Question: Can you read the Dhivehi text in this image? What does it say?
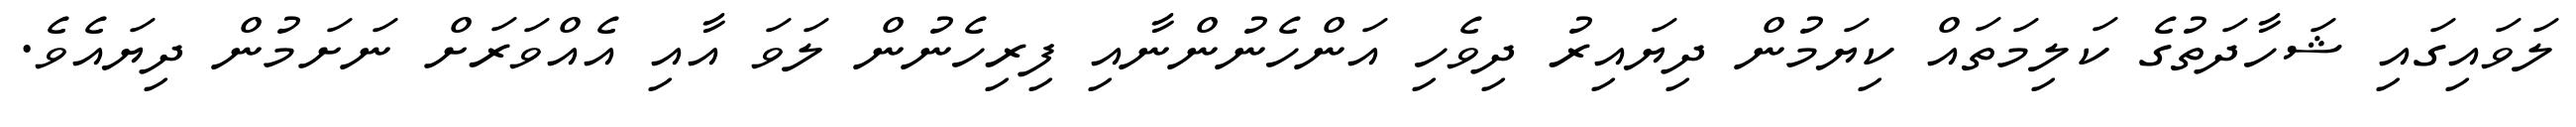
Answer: ލަވައިގައި ޝަހާދަތުގެ ކަލިމަތައް ކިޔަމުން ދިޔައިރު ދިވެހި އަންހެނުންނާއި ފިރިހެނުން ލަވަ އާއި އެއްވަރަށް ނަށަމުން ދިޔައެވެ.